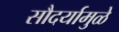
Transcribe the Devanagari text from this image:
सौदर्यामुळे